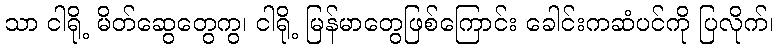
သာ ငါရို့ မိတ်ဆွေတွေကွ၊ ငါရို့ မြန်မာတွေဖြစ်ကြောင်း ခေါင်းကဆံပင်ကို ပြလိုက်၊